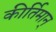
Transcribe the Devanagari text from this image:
कीर्तिमान्